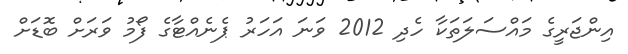
އިންޖަރީގެ މައްސަލަތަކާ ހެދި 2012 ވަނަ އަހަރު ޕެނެއްޓާގެ ފޯމު ވަރަށް ބޮޑަށް